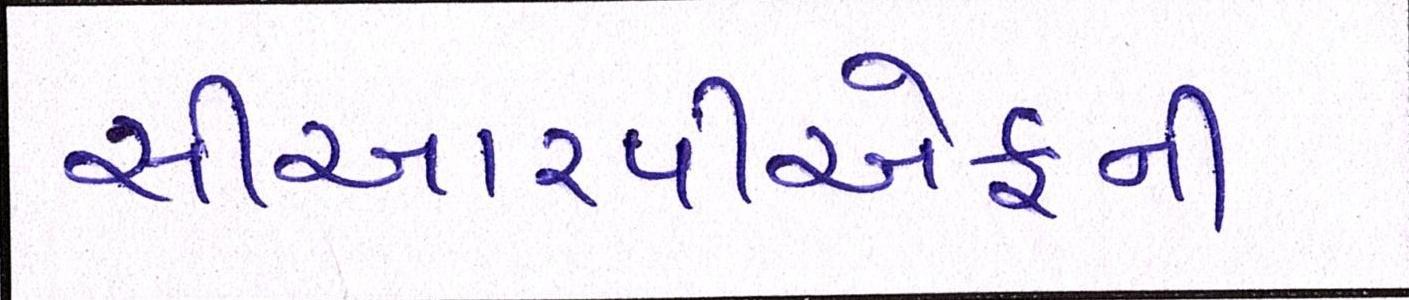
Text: સીઆરપીએફની